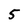
Character: 5